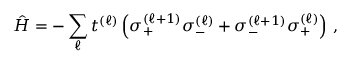
\hat { H } = - \sum _ { \ell } t ^ { ( \ell ) } \left( \sigma _ { + } ^ { ( \ell + 1 ) } \sigma _ { - } ^ { ( \ell ) } + \sigma _ { - } ^ { ( \ell + 1 ) } \sigma _ { + } ^ { ( \ell ) } \right) \, ,